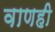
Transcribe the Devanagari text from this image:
वाणही